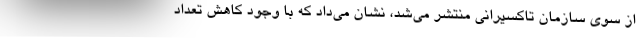
از سوي سازمان تاكسيراني منتشر مي‌شد، نشان مي‌داد كه با وجود كاهش تعداد